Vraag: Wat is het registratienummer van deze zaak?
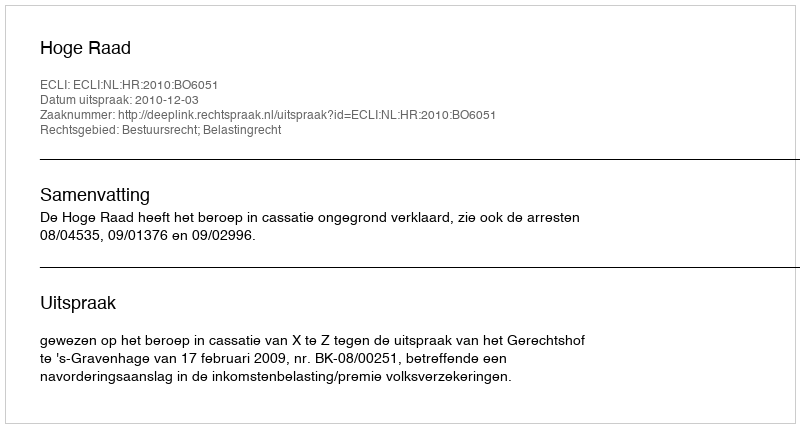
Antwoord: http://deeplink.rechtspraak.nl/uitspraak?id=ECLI:NL:HR:2010:BO6051